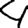
Digit: 4